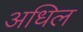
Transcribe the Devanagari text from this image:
अधिल